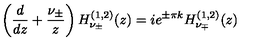
\left( \frac { d } { d z } + \frac { \nu _ { \pm } } { z } \right) H _ { \nu _ { \pm } } ^ { ( 1 , 2 ) } ( z ) = i e ^ { \pm \pi k } H _ { \nu _ { \mp } } ^ { ( 1 , 2 ) } ( z )